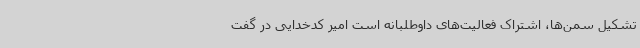
تشکیل سمن‌ها، اشتراک فعالیت‌های داوطلبانه است امیر کدخدایی در گفت